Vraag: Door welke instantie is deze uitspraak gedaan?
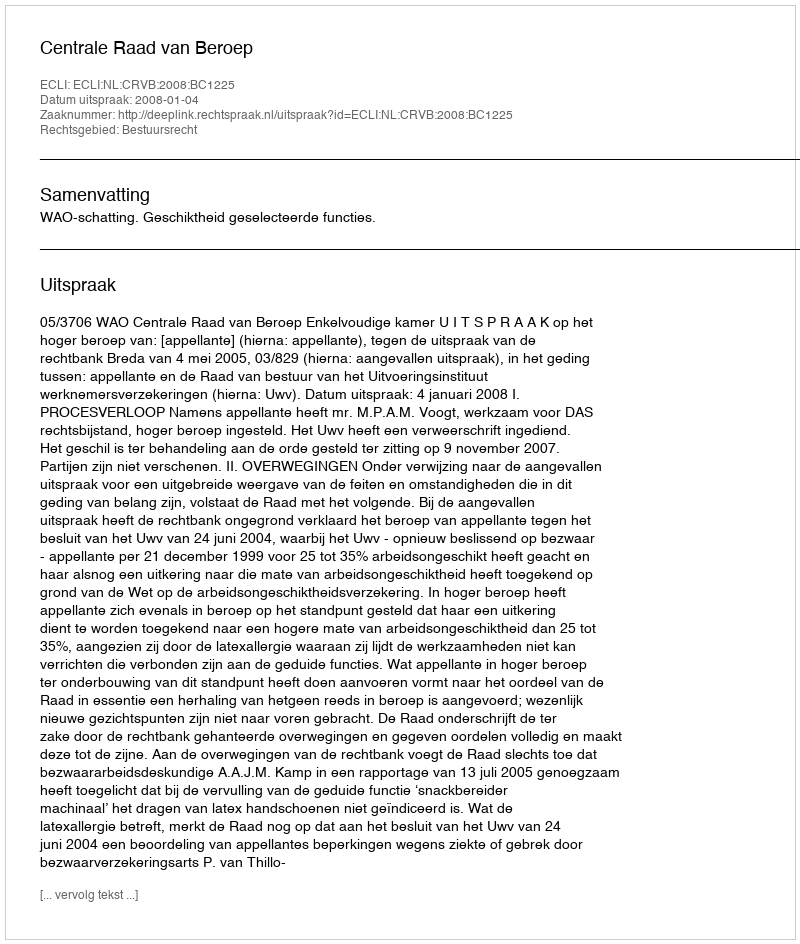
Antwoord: Centrale Raad van Beroep